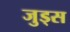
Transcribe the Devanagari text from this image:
जुड्स